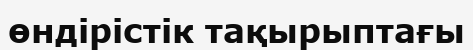
өндірістік тақырыптағы